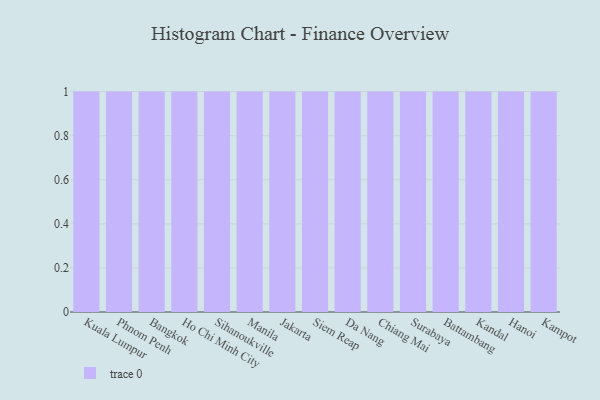
{"axis": {"x": "City", "y": "Shipments"}, "legend": [""], "data": [{"x": "Kuala Lumpur", "y": 59, "type": ""}, {"x": "Phnom Penh", "y": 45, "type": ""}, {"x": "Bangkok", "y": 74, "type": ""}, {"x": "Ho Chi Minh City", "y": 7, "type": ""}, {"x": "Sihanoukville", "y": 52, "type": ""}, {"x": "Manila", "y": 21, "type": ""}, {"x": "Jakarta", "y": 78, "type": ""}, {"x": "Siem Reap", "y": 18, "type": ""}, {"x": "Da Nang", "y": 12, "type": ""}, {"x": "Chiang Mai", "y": 23, "type": ""}, {"x": "Surabaya", "y": 26, "type": ""}, {"x": "Battambang", "y": 1, "type": ""}, {"x": "Kandal", "y": 45, "type": ""}, {"x": "Hanoi", "y": 80, "type": ""}, {"x": "Kampot", "y": 76, "type": ""}]}